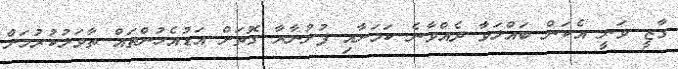
ގާޒީ ވަނީ އެކަން ބައްލަވާ ދެއްވާނެ ކަމަށާއި ފުށުނާރާ ގޮތަށް އަޑުއެހުންތައް ތާވަލުކުރުމަށް